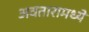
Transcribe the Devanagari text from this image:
अवतारामध्ये